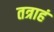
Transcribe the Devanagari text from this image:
तत्राहं